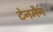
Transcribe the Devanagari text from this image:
टेनमैन